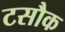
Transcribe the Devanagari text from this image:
टसौक